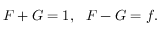
\begin{array} { r } { F + G = 1 , ~ ~ F - G = f . } \end{array}